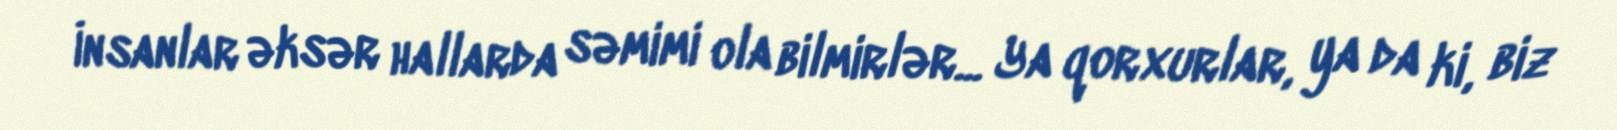
İnsanlar əksər hallarda səmimi ola bilmirlər... Ya qorxurlar, ya da ki, biz